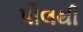
પોલથી